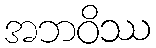
အဘဝိဿ